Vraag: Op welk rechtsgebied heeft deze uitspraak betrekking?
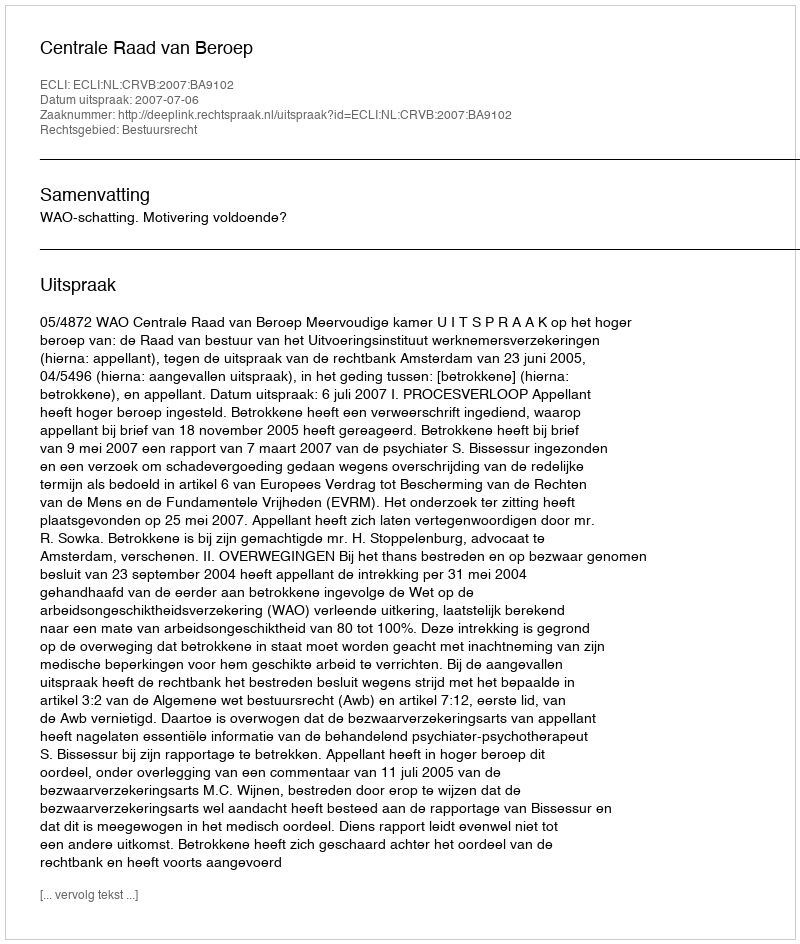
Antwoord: Bestuursrecht